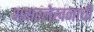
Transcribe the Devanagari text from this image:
अक्षरलेखनाची